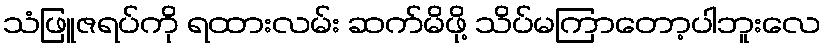
သံဖြူဇရပ်ကို ရထားလမ်း ဆက်မိဖို့ သိပ်မကြာတော့ပါဘူးလေ